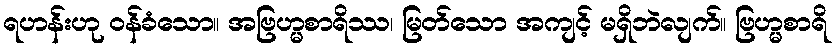
ရဟန်းဟု ဝန်ခံသော။ အဗြဟ္မစာရိဿ၊ မြတ်သော အကျင့် မရှိဘဲလျက်။ ဗြဟ္မစာရိ